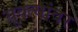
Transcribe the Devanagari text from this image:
युक्त्यांवर